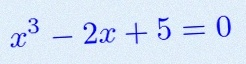
x^3-2x+5=0